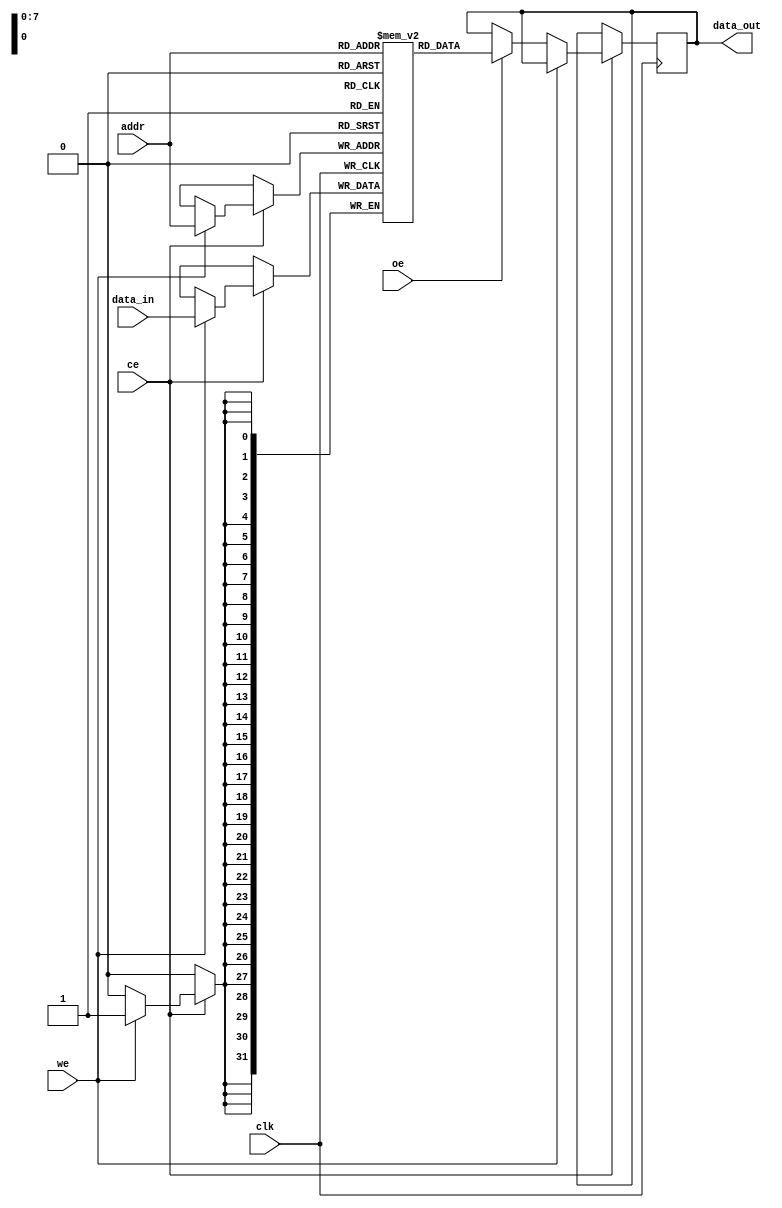
module TCSM #(
    parameter ADDR_WIDTH = 8,  // Address width (e.g., 8 for 256 bytes)
    parameter DATA_WIDTH = 32,  // Data width (e.g., 32 bits)
    parameter MEM_DEPTH = 256    // Memory depth (e.g., 256 for 256x32 bits)
)(
    input wire clk,              // Clock signal
    input wire ce,               // Chip Enable
    input wire we,               // Write Enable
    input wire oe,               // Output Enable
    input wire [ADDR_WIDTH-1:0] addr, // Address input
    input wire [DATA_WIDTH-1:0] data_in, // Data input for write operations
    output reg [DATA_WIDTH-1:0] data_out // Data output for read operations
);

    // Memory array declaration
    reg [DATA_WIDTH-1:0] memory [0:MEM_DEPTH-1];

    // Read/Write operations
    always @(posedge clk) begin
        if (ce) begin
            if (we) begin
                // Write operation
                memory[addr] <= data_in;
            end else if (oe) begin
                // Read operation
                data_out <= memory[addr];
            end
        end
    end

endmodule